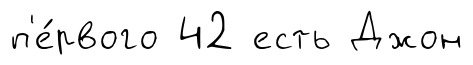
п'е́рвого 42 есть Джон